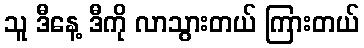
သူ ဒီနေ့ ဒီကို လာသွားတယ် ကြားတယ်